Vaccination North-Western Provinces and Oudh 1896-1901 - 1896-1901
Year: 1896
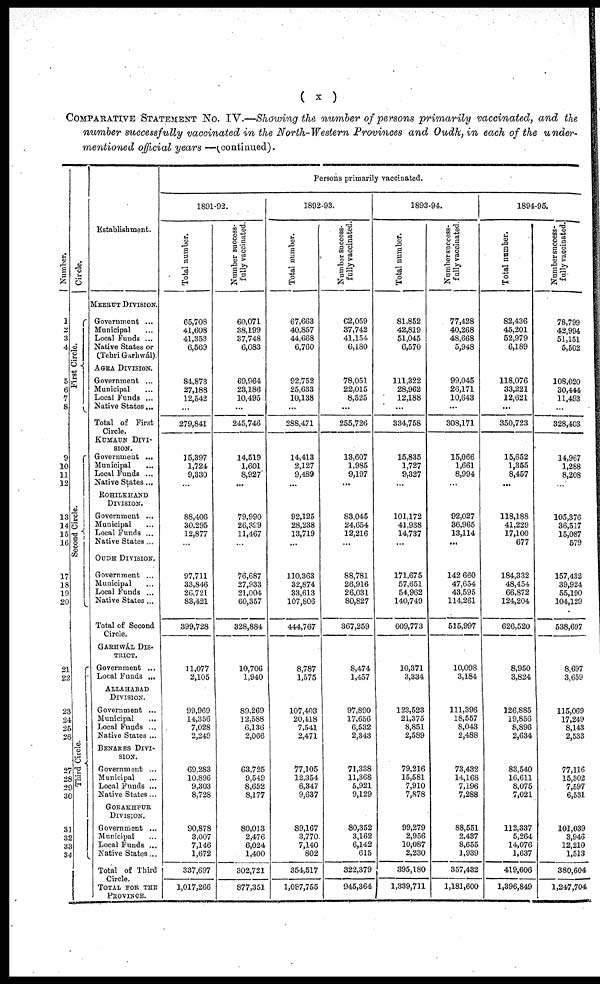
( x )
COMPARATIVE STATEMENT No. IV.—Showing the number of persons primarily vaccinated, and the
number successfully vaccinated in the North-Western Provinces and Oudh, in each of the under-
mentioned official years —(continued).
Number.
1
2
3
4
5
6
7
8
9
10
11
12
13
14
15
16
17
18
19
20
21
22
23
24
25
26
27
28
29
30
31
32
33
34
Circle.
First Circle.
Second Circle.
Third Circle.
Establishment.
MEERUT DIVISION.
Government ...
Municipal ...
Local Funds ...
Native States or
(Tehri Garhwál).
AGRA DIVISION.
Government ...
Municipal ...
Local Funds ...
Native States...
Total of First
Circle.
KUMAUN DIVI-
----.
Government ...
Municipal ...
Local Funds ...
Native States ...
ROHILKHAND
DIVISION.
Government ...
Municipal ...
Local Funds ...
Native States ...
OUDH DIVISION.
Government ...
Municipal ...
Local Funds ...
Native States ...
Total of Second
Circle.
GARHWÁL DIS-
-----.
Government ...
Local Funds ...
ALLAHABAD
DIVISION.
Government ...
Municipal ...
Local Funds ...
Native States ...
BENARES DIVI-
----.
Government ...
Municipal ...
Local Funds ...
Native States ...
GORAKHPUR
DIVISION.
Government ...
Municipal ...
Local Funds ...
Native States...
Total of Third
Circle.
TOTAL FOR THE
PROVINCE.
Persons primarily vaccinated.
1891-92.
Total number.
65,708
41,608
41,353
6,569
84,873
27,188
12,542
...
279,841
15,397
1,724
9,330
...
88,406
30,295
12,877
...
97,711
33,846
26,721
83,421
399,728
11,077
2,105
99,969
14,356
7,028
2,249
69,283
10,896
9,303
8,728
90,878
3,007
7,146
1,672
337,697
1,017,266
Number success-
fully vaccinated.
60,071
38,199
37,748
6,083
69,964
23,186
10,495
...
245,746
14,519
1,601
8,927
...
79,990
26,399
11,467
...
76,687
27,933
21,004
60,357
328,884
10,706
1,940
89,269
12,588
6,136
2,066
63,725
9,549
8,652
8,177
80,013
2,476
6,024
1,400
302,721
877,351
1892-93.
Total number.
67,663
40,857
44,668
6,760
92,752
25,633
10,138
...
288,471
14,413
2,127
9,489
...
92,125
28,238
13,719
...
110,363
32,874
33,613
107,806
444,767
8,787
1,575
107,403
20,418
7,541
2,471
77,105
12,354
6,347
9,637
89,167
3,770
7,140
802
354,517
1,087,755
Number Success-
fully vaccinated.
62,059
37,742
41,154
6,180
78,051
22,015
8,525
...
255,726
13,607
1,985
9,197
...
83,045
24,654
12,216
...
88,781
26,916
26,031
80,827
367,259
8,474
1,457
97,890
17,656
6,532
2,343
71,338
11,368
5,921
9,129
80,352
3,162
6,142
615
322,379
945,364
1893-94.
Total number.
81,852
42,819
51,045
6,570
111,322
28,962
12,188
...
334,758
15,835
1,727
9,327
...
101,172
41,938
14,737
...
171,675
57,651
54,962
140,749
609,773
10,371
3,334
123,523
21,375
8,851
2,589
79,216
15,581
7,910
7,878
99,279
2,956
10,087
2,230
395,180
1,339,711
Number success-
fully vaccinated.
77,428
40,268
48,668
5,948
99,045
26,171
10,643
...
308,171
15,066
1,661
8,994
...
92,027
36,965
13,114
...
142,660
47,654
43,595
114,261
515,997
10,098
3,184
111,396
18,557
8,043
2,488
73,432
14,168
7,196
7,288
88,551
2,437
8,655
1,939
357,432
1,181,600
1894-95.
Total number.
82,436
45,201
52,979
6,189
118,076
33,221
12,621
...
350,723
15,652
1,355
8,457
...
118,188
41,229
17,100
677
184,332
48,454
66,872
124,204
626,520
8,950
3,824
126,885
19,856
8,896
2,634
83,540
16,611
8,075
7,021
112,337
5,264
14,076
1,637
419,606
1,396,849
Number success-
fully vaccinated.
78,799
42,994
51,151
5,502
108,020
30,444
11,493
...
328,403
14,967
1,288
8,208
...
105,376
36,517
15,087
579
157,432
39,924
55,190
104,129
538,697
8,697
3,659
115,069
17,249
8,143
2,533
77,116
15,302
7,597
6,531
101,039
3,946
12,210
1,513
380,604
1,247,704